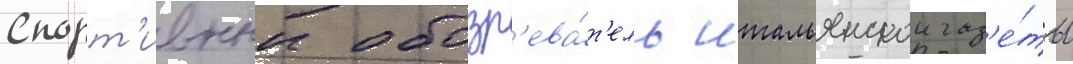
Спорт'ивныи обозр'ева́т'ель итальянскои газ'е́ты